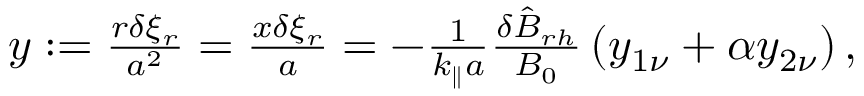
\begin{array} { r } { y : = \frac { r \delta \xi _ { r } } { a ^ { 2 } } = \frac { x \delta \xi _ { r } } { a } = - \frac { 1 } { k _ { \parallel } a } \frac { \delta \hat { B } _ { r h } } { B _ { 0 } } \left( y _ { 1 \nu } + \alpha y _ { 2 \nu } \right) , } \end{array}